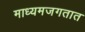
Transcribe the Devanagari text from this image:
माध्यमजगतात